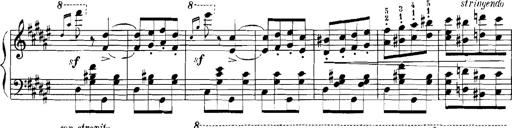
Title: Rhapsodies hongroises
Composer: Franz Liszt